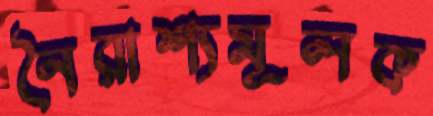
নৈরাশ্যমূলক